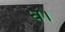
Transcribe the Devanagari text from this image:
ध।